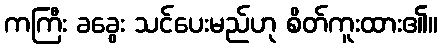
ကကြီး ခခွေး သင်ပေးမည်ဟု စိတ်ကူးထား၏။